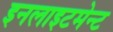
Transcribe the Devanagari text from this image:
इनलाइटमेन्ट